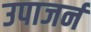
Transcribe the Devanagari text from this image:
उपाजर्न